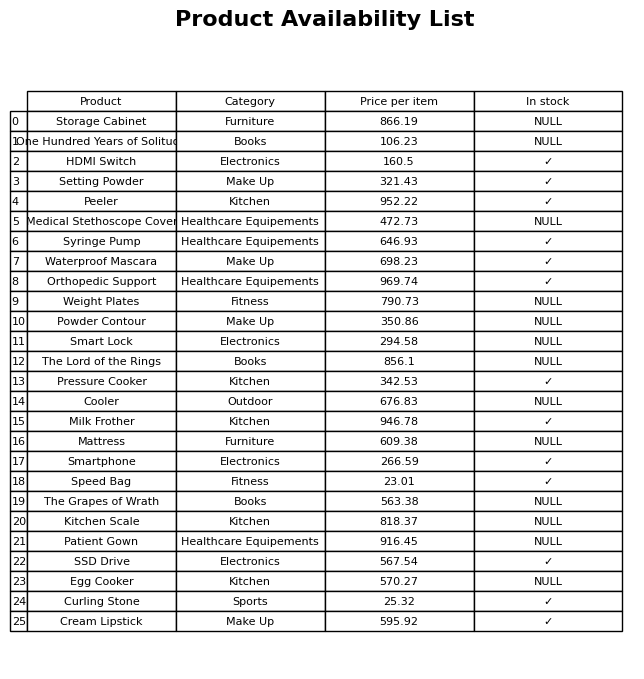
question: What is the price for Weight Plates?
answer: The price of Weight Plates is 790.73.